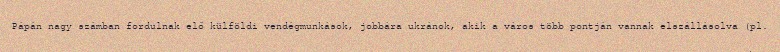
Pápán nagy számban fordulnak elő külföldi vendégmunkások, jobbára ukránok, akik a város több pontján vannak elszállásolva (pl.